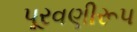
પૂરવણીરૂપ